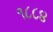
૧૮૮૪